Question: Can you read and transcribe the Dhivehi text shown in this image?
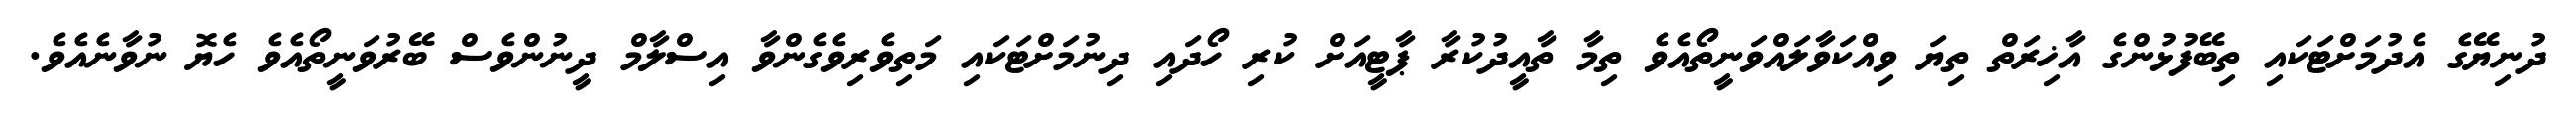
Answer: ދުނިޔޭގެ އެދުމަށްޓަކައި ތިބޭފުޅުންގެ އާޚިރަތް ތިޔަ ވިއްކަވާލައްވަނީތޯއެވެ ތިމާ ތާއީދުކުރާ ޕާޓީއަށް ކުރި ހޯދައި ދިނުމަށްޓަކައި މަތިވެރިވެގެންވާ އިސްލާމް ދީނުންވެސް ބޭރުވަނީތޯއެވެ ހެޔޮ ނުވާނެއެވެ.